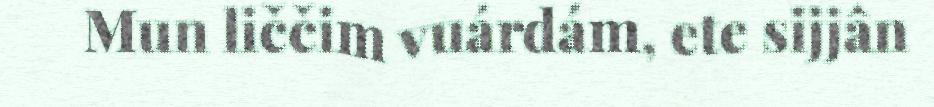
Mun liččim vuárdám, ete sijjân